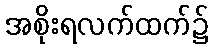
အစိုးရလက်ထက်၌